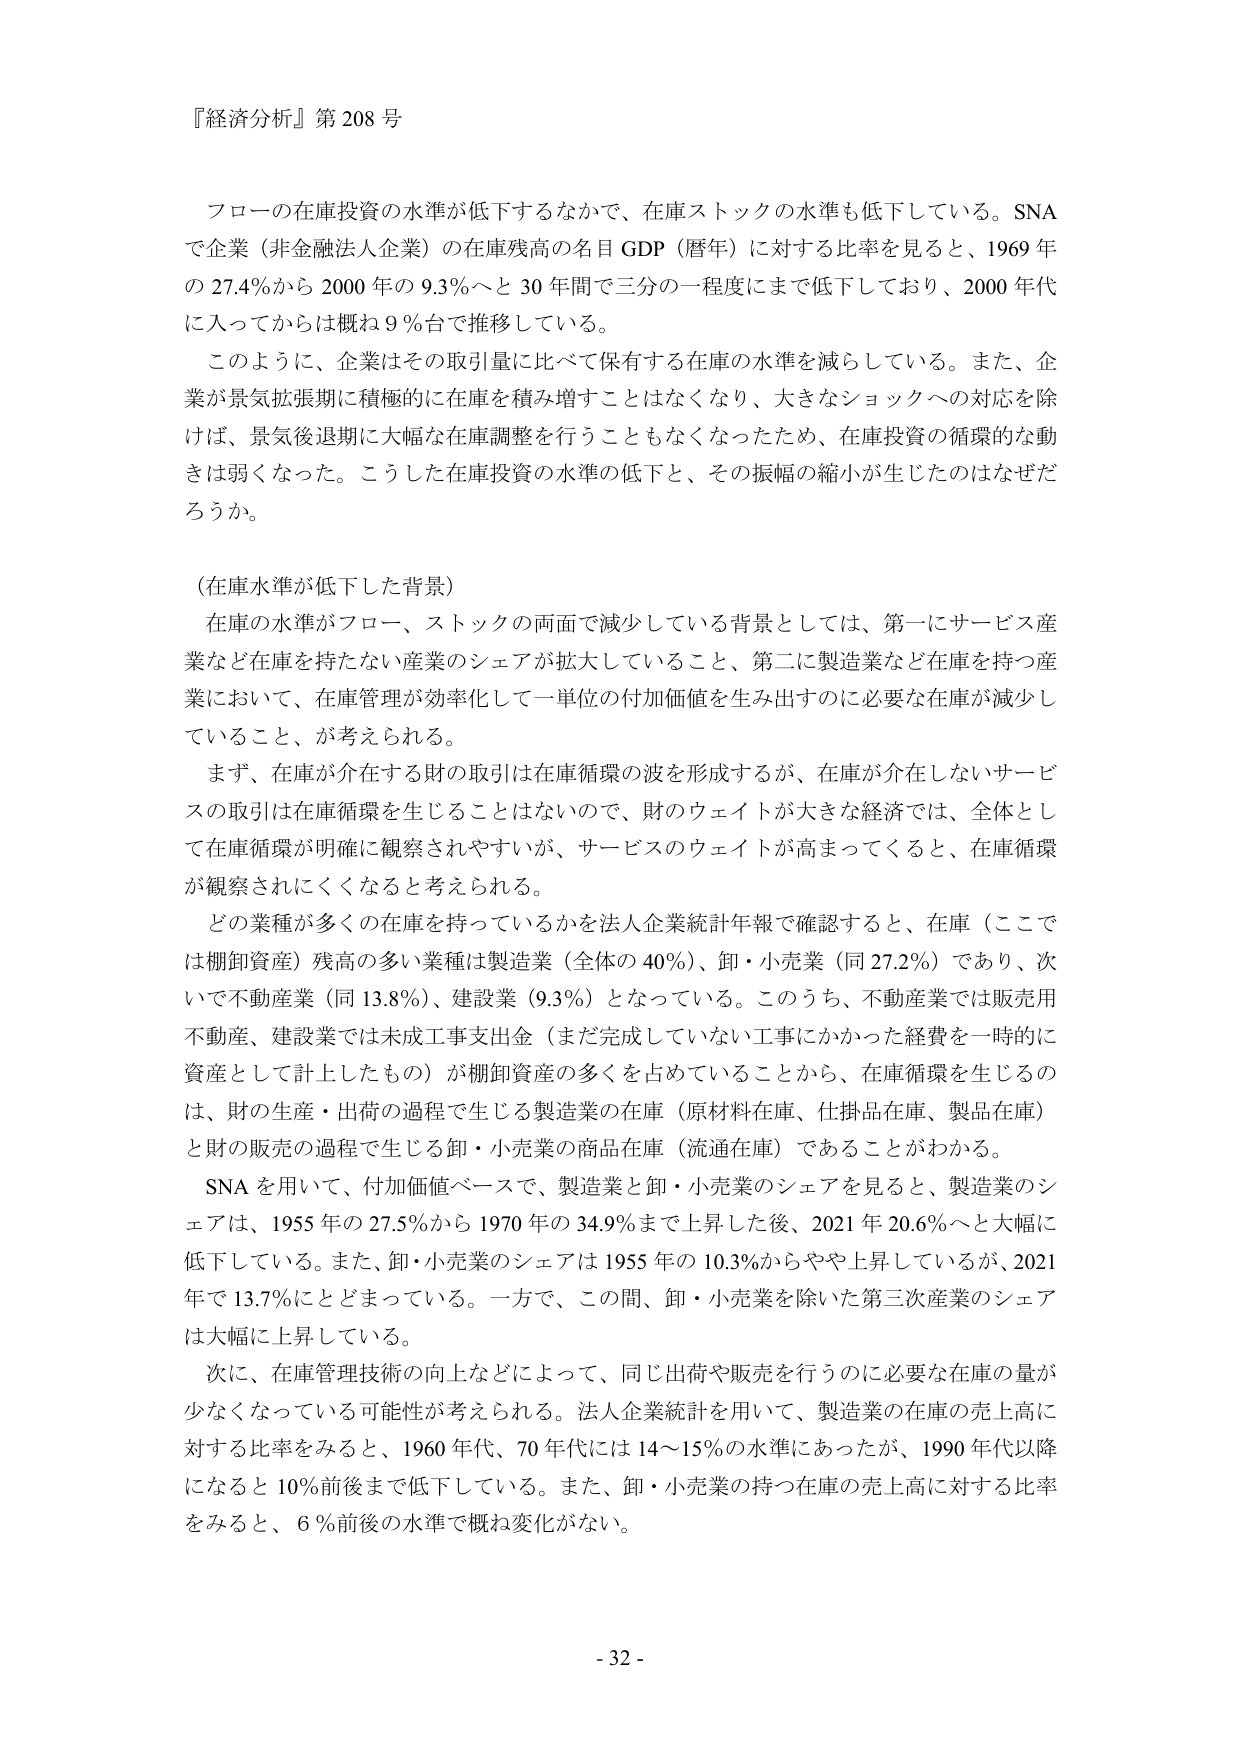
『経済分析』第208号

フローの在庫投資の水準が低下するなかで、在庫ストックの水準も低下している。SNAで企業（非金融法人企業）の在庫残高の名目GDP（暦年）に対する比率を見ると、1969年の27.4％から2000年の9.3％へと30年間で三分の一程度にまで低下しており、2000年代に入ってからは概ね9％台で推移している。

このように、企業はその取引量に比べて保有する在庫の水準を減らしている。また、企業が景気拡張期に積極的に在庫を積み増すことはなくなり、大きなショックへの対応を除けば、景気後退期に大幅な在庫調整を行うこともなくなったため、在庫投資の循環的な動きは弱くなった。こうした在庫投資の水準の低下と、その振幅の縮小が生じたのはなぜだろうか。

（在庫水準が低下した背景）

在庫の水準がフロー、ストックの両面で減少している背景としては、第一にサービス産業など在庫を持たない産業のシェアが拡大していること、第二に製造業など在庫を持つ産業において、在庫管理が効率化して一単位の付加価値を生み出すのに必要な在庫が減少していること、が考えられる。

まず、在庫が介在する財の取引は在庫循環の波を形成するが、在庫が介在しないサービスの取引は在庫循環を生じることはないので、財のウェイトが大きな経済では、全体として在庫循環が明確に観察されやすいが、サービスのウェイトが高まってくると、在庫循環が観察されにくくなると考えられる。

どの業種が多くの在庫を持っているかを法人企業統計年報で確認すると、在庫（ここでは棚卸資産）残高の多い業種は製造業（全体の40％）、卸・小売業（同27.2％）であり、次いで不動産業（同13.8％）、建設業（9.3％）となっている。このうち、不動産業では販売用不動産、建設業では未成工事支出金（まだ完成していない工事にかかった経費を一時的に資産として計上したもの）が棚卸資産の多くを占めていることから、在庫循環を生じるのは、財の生産・出荷の過程で生じる製造業の在庫（原材料在庫、仕掛品在庫、製品在庫）と財の販売の過程で生じる卸・小売業の商品在庫（流通在庫）であることがわかる。

SNAを用いて、付加価値ベースで、製造業と卸・小売業のシェアを見ると、製造業のシェアは、1955年の27.5％から1970年の34.9％まで上昇した後、2021年20.6％へと大幅に低下している。また、卸・小売業のシェアは1955年の10.3％からやや上昇しているが、2021年で13.7％にとどまっている。一方で、この間、卸・小売業を除いた第三次産業のシェアは大幅に上昇している。

次に、在庫管理技術の向上などによって、同じ出荷や販売を行うのに必要な在庫の量が少なくなっている可能性が考えられる。法人企業統計を用いて、製造業の在庫の売上高に対する比率をみると、1960年代、70年代には14～15％の水準にあったが、1990年代以降になると10％前後まで低下している。また、卸・小売業の持つ在庫の売上高に対する比率をみると、6％前後の水準で概ね変化がない。

- 32 -